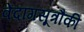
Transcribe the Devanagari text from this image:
वेदांगसूत्रौंकी